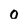
Character: o